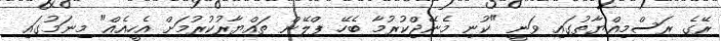
ރޭގެ ރަސްމިއްޔާތުގައި ވަނީ "ކުނި މެނޭޖްކުރުމާ ބެހޭ ޕްލޭން ތައްޔާރުކުރުމަށް އެހީއެއް" މިނަމުގައި